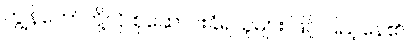
ကျွန်တော်တို့လို စုဆောင်းခံရသူများ ဖြင့် ပြည့်နေ၏။